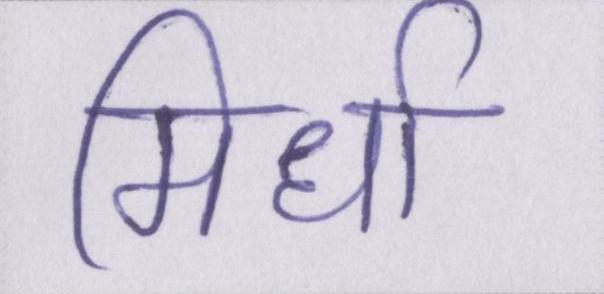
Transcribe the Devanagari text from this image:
मिर्धा